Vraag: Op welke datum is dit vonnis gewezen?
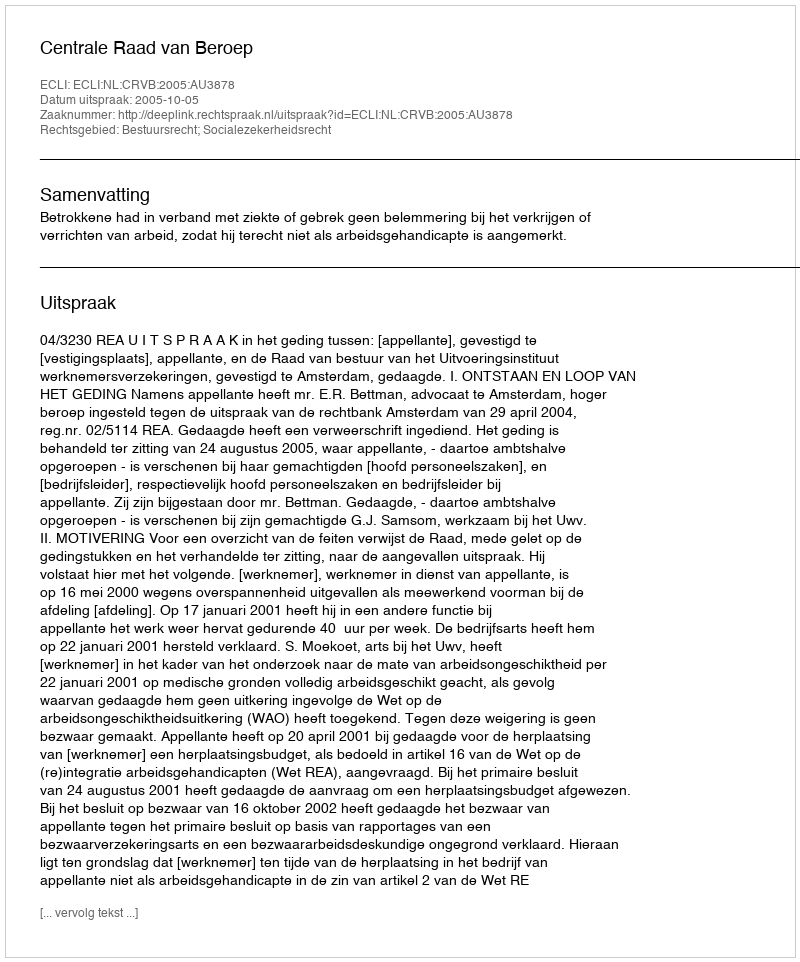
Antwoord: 2005-10-05